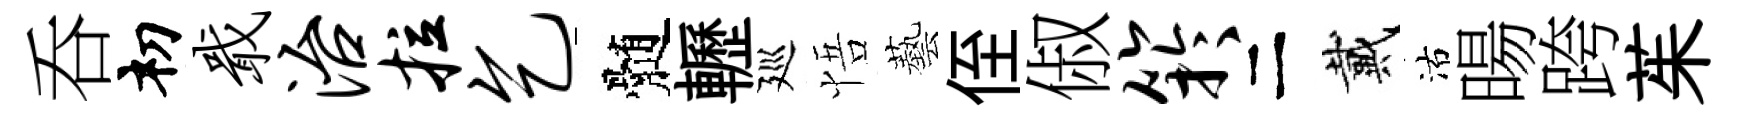
呑𥘉戢治拉乞髄轣廵悟藝侄俶竽二戴沽暘跨茱